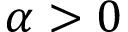
\alpha > 0